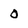
Character: 0